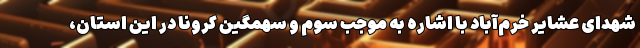
شهدای عشایر خرم‌آباد با اشاره به موجب سوم و سهمگین کرونا در این استان،